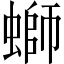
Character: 螄